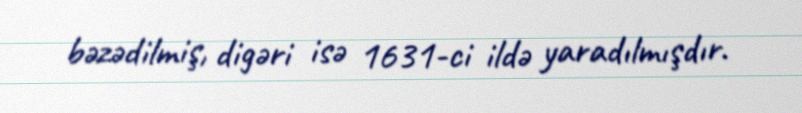
bəzədilmiş, digəri isə 1631-ci ildə yaradılmışdır.